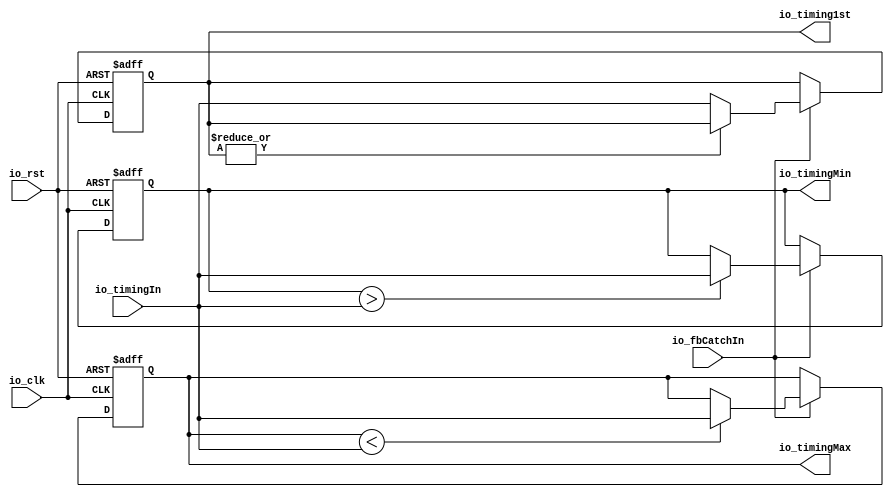
module TimingStatistics #(
  parameter _RAM_WIDTH = 32
)(
  input io_clk,
  input io_rst,

  input io_fbCatchIn,

  input  [_RAM_WIDTH - 1:0] io_timingIn,
  output [_RAM_WIDTH - 1:0] io_timing1st,
  output [_RAM_WIDTH - 1:0] io_timingMax,
  output [_RAM_WIDTH - 1:0] io_timingMin
);

  reg [_RAM_WIDTH - 1:0] ram_Max = 0;
  reg [_RAM_WIDTH - 1:0] ram_1st = 0;
  reg [_RAM_WIDTH - 1:0] ram_Min = ~32'd0;

  always @ (posedge io_clk or posedge io_rst) begin
    if (io_rst) begin
      ram_Max <= 0;
      ram_1st <= 0;
      ram_Min <= ~32'd0;
    end
    else begin
      if (io_fbCatchIn) begin
        ram_Max <= ram_Max < io_timingIn ? io_timingIn : ram_Max;
        ram_1st <= |ram_1st ? ram_1st : io_timingIn;
        ram_Min <= ram_Min > io_timingIn ? io_timingIn : ram_Min;
      end
      else begin
        ram_Max <= ram_Max;
        ram_1st <= ram_1st;
        ram_Min <= ram_Min;
      end
    end
  end

  assign io_timing1st = ram_1st;
  assign io_timingMax = ram_Max;
  assign io_timingMin = ram_Min;

endmodule